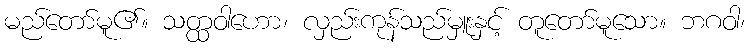
မည်တော်မူ၏။ သတ္ထဝါဟော၊ လှည်းကုန်သည်မှူးနှင့် တူတော်မူသော။ ဘဂဝါ၊